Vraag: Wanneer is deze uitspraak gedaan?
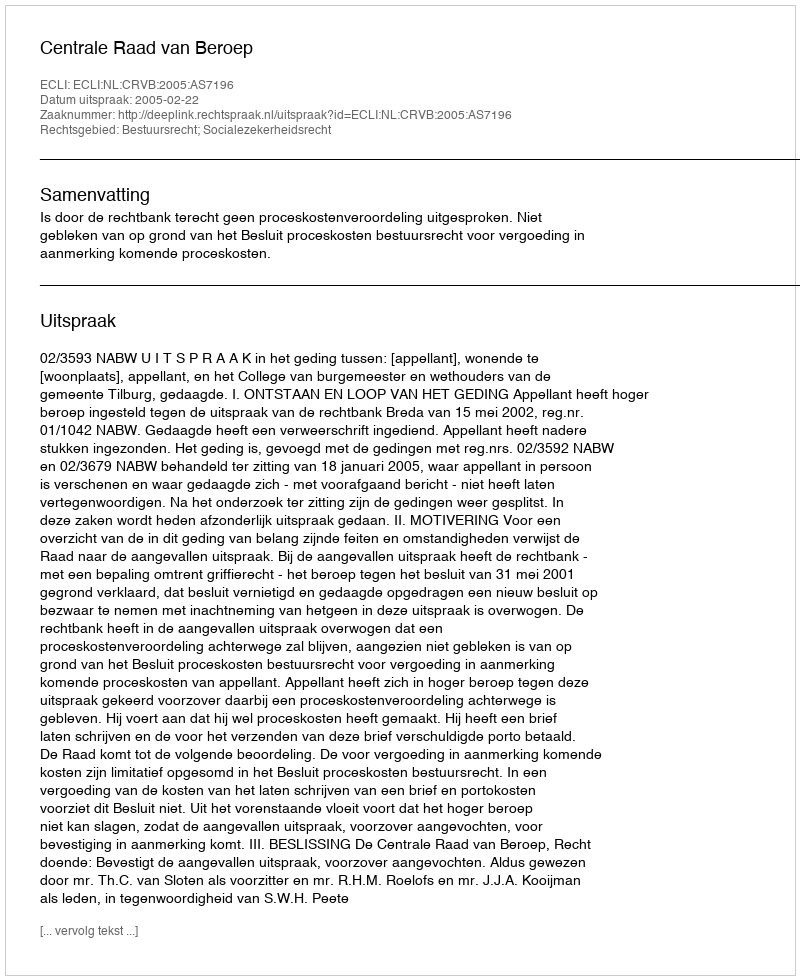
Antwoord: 2005-02-22